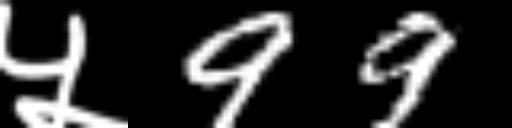
Text: ५99